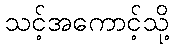
သင့်အကောင့်သို့